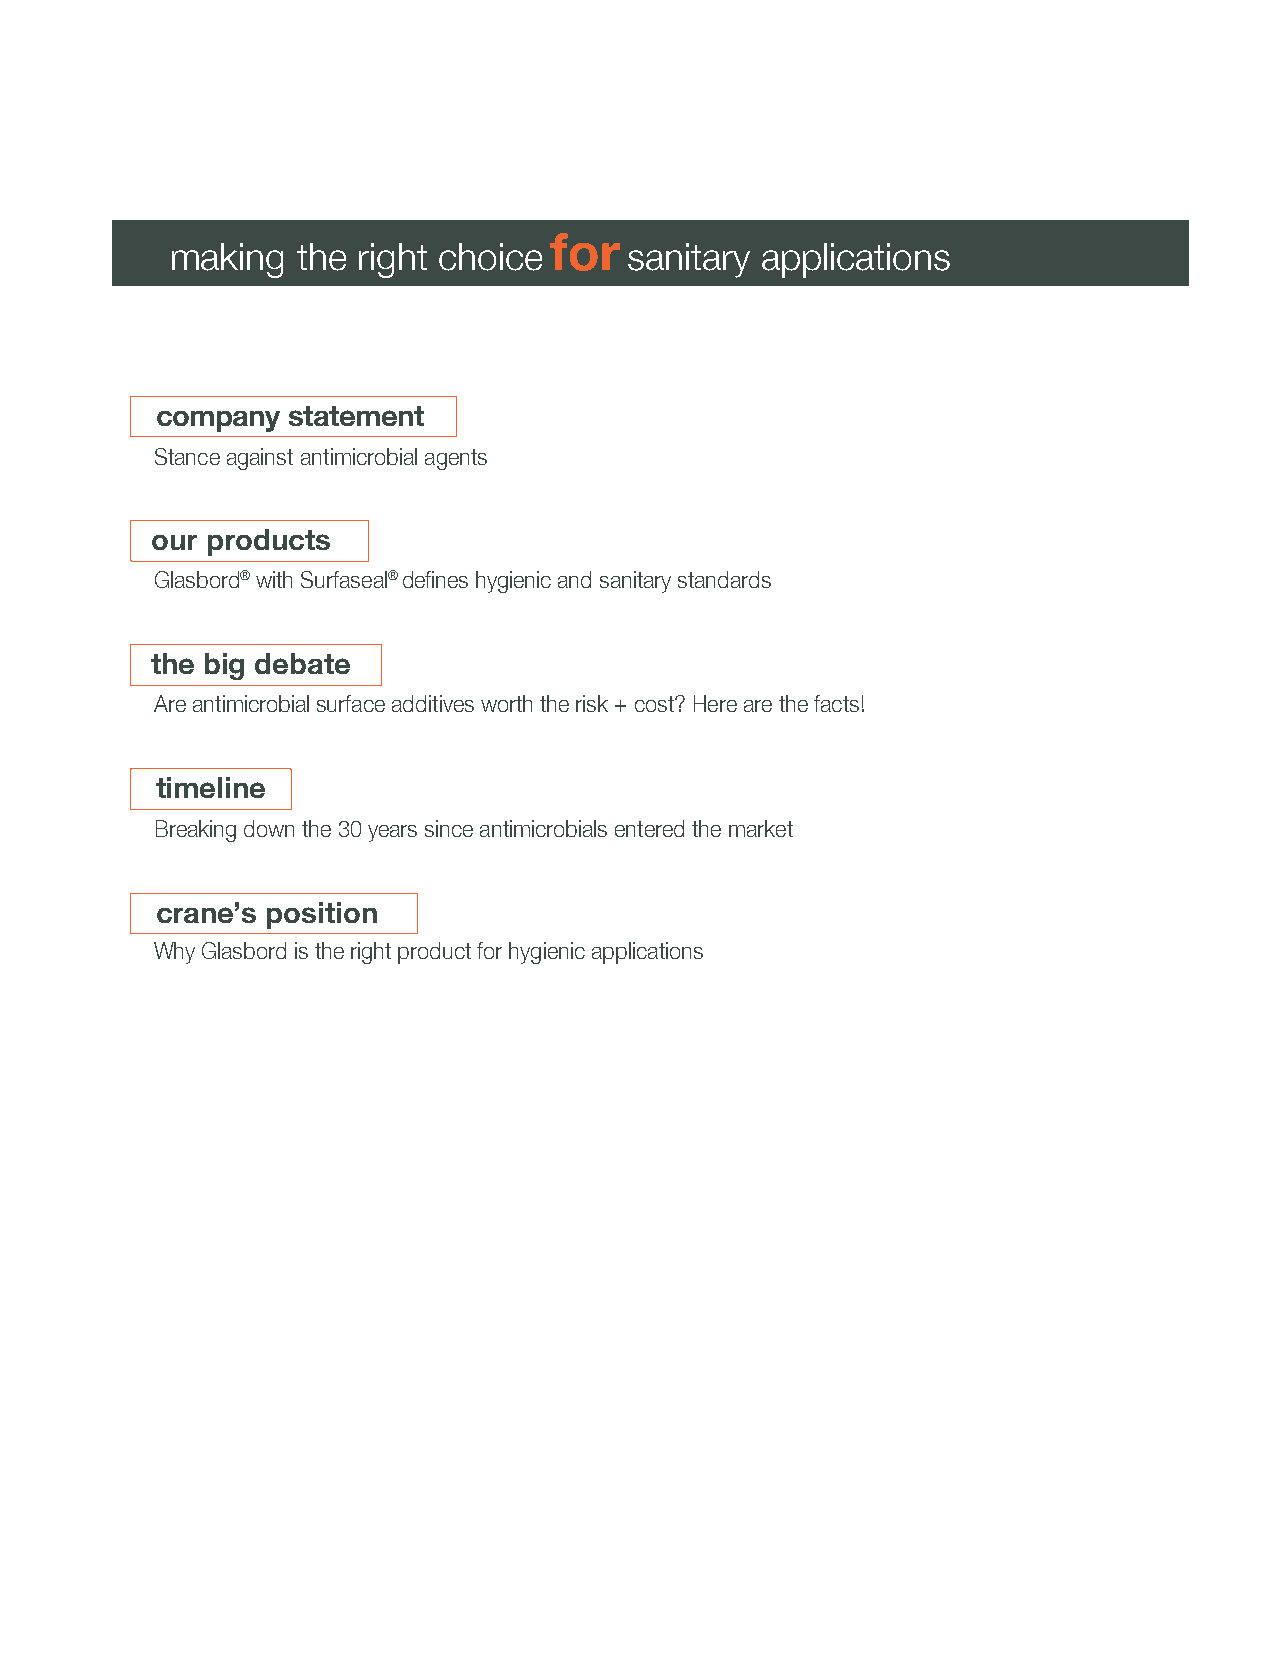
for
 making   the right choice      sanitary applications
 company  statement
 Stance against antimicrobial agents
 our products
 Glasbord® with Surfaseal® defines hygienic and sanitary standards
 the big debate
 Are antimicrobial surface additives worth the risk + cost? Here are the facts!
 timeline
 Breaking down the 30 years since antimicrobials entered the market
 crane’s position
 Why Glasbord is the right product for hygienic applications